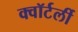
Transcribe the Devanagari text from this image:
क्वॉर्टर्ली